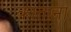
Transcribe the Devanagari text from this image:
काताना